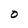
Character: O